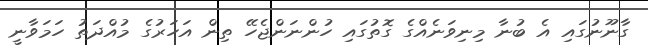
ގާނޫނުގައި އެ ބުނާ މިނިވަނެއްގެ ގޮތުގައި ހުންނަންޖެހޭ ތިން އަހަރުގެ މުއްދަތު ހަމަވާނީ